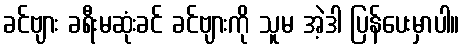
ခင်ဗျား ခရီးမဆုံးခင် ခင်ဗျားကို သူမ အဲ့ဒါ ပြန်ပေးမှာပါ။